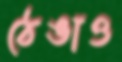
ঠেঙাও